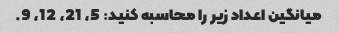
میانگین اعداد زیر را محاسبه کنید: 5، 21، 12، 9.